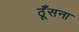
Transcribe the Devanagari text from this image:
ठूँसना